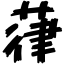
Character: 葎